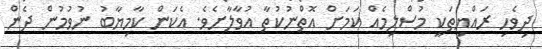
ދިވެހި ރައްޔިތަކީ މުސްލިމެއް ކަމަށް އޮތްނުކުތާ އުވާލާށެވެ. އެކަން ކާމިޔާބު ނުވުމުން ދެން